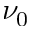
\nu _ { 0 }